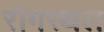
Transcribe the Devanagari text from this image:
रोगस्थल